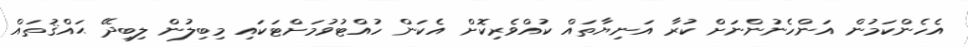
އެހެންކަމުން އަންހެނުންނަށް ކުރާ އަނިޔާތައް ކުއްވެރިކޮށް އެކަން ހުއްޓުވުމަށްޓަކައި މިބިލުން ލިބިދޭ ޙައްޤުތައް